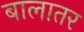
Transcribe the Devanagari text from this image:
बालातर